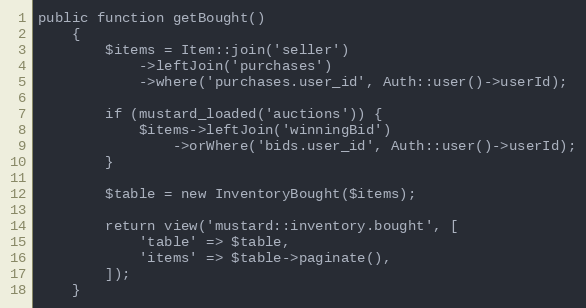
Language: PHP
public function getBought()
    {
        $items = Item::join('seller')
            ->leftJoin('purchases')
            ->where('purchases.user_id', Auth::user()->userId);

        if (mustard_loaded('auctions')) {
            $items->leftJoin('winningBid')
                ->orWhere('bids.user_id', Auth::user()->userId);
        }

        $table = new InventoryBought($items);

        return view('mustard::inventory.bought', [
            'table' => $table,
            'items' => $table->paginate(),
        ]);
    }